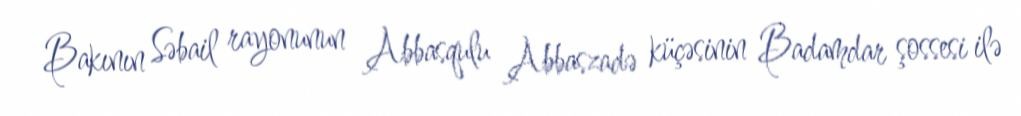
Bakının Səbail rayonunun Abbasqulu Abbaszadə küçəsinin Badamdar şossesi ilə